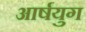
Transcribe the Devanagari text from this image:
आर्षयुग